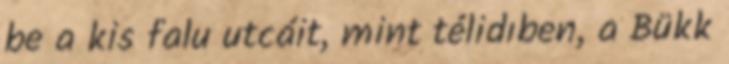
be a kis falu utcáit, mint télidıben, a Bükk